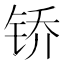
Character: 𫓱